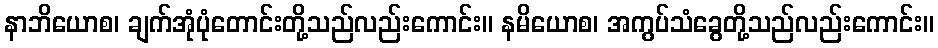
နာဘိယောစ၊ ချက်အုံပုံတောင်းတို့သည်လည်းကောင်း။ နမိယောစ၊ အကွပ်သံခွေတို့သည်လည်းကောင်း။